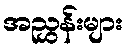
အညွှန်းများ